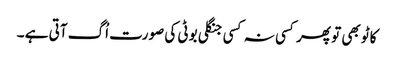
کاٹو بھی تو پھر کسی نہ کسی جنگلی بوٹی کی صورت اُگ آتی ہے ۔